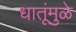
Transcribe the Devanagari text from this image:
धातूंमुळे